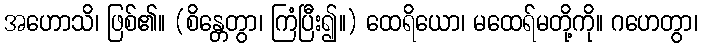
အဟောသိ၊ ဖြစ်၏။ (စိန္တေတွာ၊ ကြံပြီး၍။) ထေရိယော၊ မထေရ်မတို့ကို။ ဂဟေတွာ၊